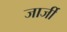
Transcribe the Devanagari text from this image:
जार्जी